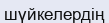
шүйкелердің